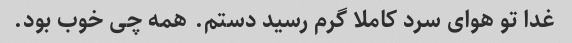
غدا تو هوای سرد کاملا گرم رسید دستم. همه چی خوب بود.